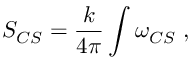
{ \cal S } _ { C S } = \frac { k } { 4 \pi } \int \omega _ { C S } ~ ,